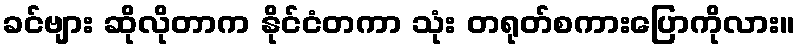
ခင်ဗျား ဆိုလိုတာက နိုင်ငံတကာ သုံး တရုတ်စကားပြောကိုလား။